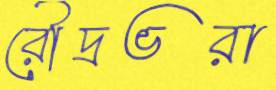
রৌদ্রভরা